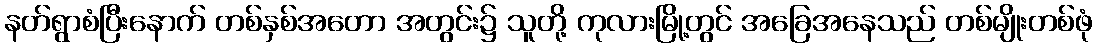
နတ်ရွာစံပြီးနောက် တစ်နှစ်အတော အတွင်း၌ သူတို့ ကုလားမြို့တွင် အခြေအနေသည် တစ်မျိုးတစ်ဖုံ